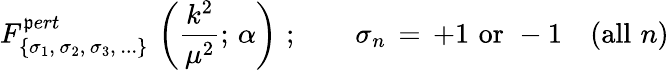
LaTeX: F_{\{ \sigma_{1},\, \sigma_{2},\, \sigma_{3},\, ...\} }^{\mathfrak{p}ert}\, \left(\frac{{k^{2}}}{{\mu^{2}}};\, \alpha\right)\, \, ;\qquad\sigma_{n}\, =\, +1\, \, \mathrm{{or}}\, \, -1\quad(\mathrm{{all}}\, \, n)